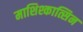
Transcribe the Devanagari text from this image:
माशिश्कात्सिन